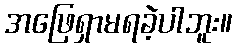
အဖြေရှာမရခဲ့ပါဘူး။